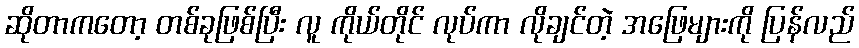
ဆိုတာကတော့ တစ်ခုဖြစ်ပြီး လူ ကိုယ်တိုင် လုပ်ကာ လိုချင်တဲ့ အဖြေများကို ပြန်လည်